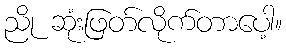
ညို ဆုံးဖြတ်လိုက်တာပေါ့။